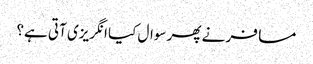
مسافر نے پھر سوال کیا انگریزی آتی ہے؟